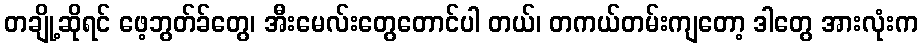
တချို့ဆိုရင် ဖေ့ဘွတ်ခ်တွေ၊ အီးမေလ်းတွေတောင်ပါ တယ်၊ တကယ်တမ်းကျတော့ ဒါတွေ အားလုံးက